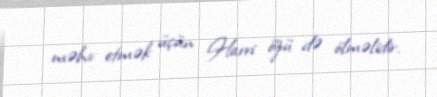
məhv etmək üçün Harri özü də ölməlidir.